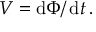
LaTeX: V = \operatorname { d } \! \Phi / \operatorname { d } \! t \, .